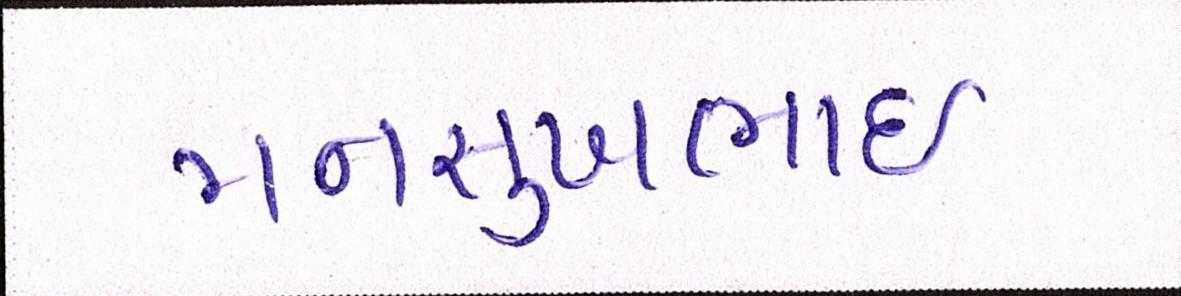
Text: મનસુખભાઈ